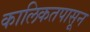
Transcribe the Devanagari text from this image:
कालिकतपासून